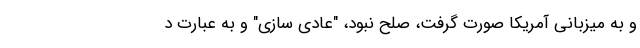
و به میزبانی آمریکا صورت گرفت، صلح نبود، "عادی سازی" و به عبارت د